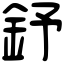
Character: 𨥤